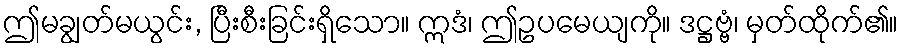
ဤမချွတ်မယွင်း, ပြီးစီးခြင်းရှိသော။ ဣဒံ၊ ဤဥပမေယျကို။ ဒဋ္ဌဗ္ဗံ၊ မှတ်ထိုက်၏။